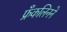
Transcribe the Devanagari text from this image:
फ्रँकलिनने